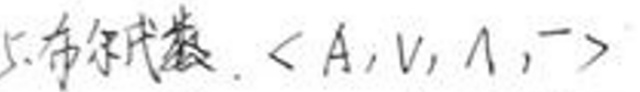
5.布尔代数. \(<A, \vee, \wedge, -\)